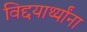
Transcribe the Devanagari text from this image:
विद्दयार्थ्यांना